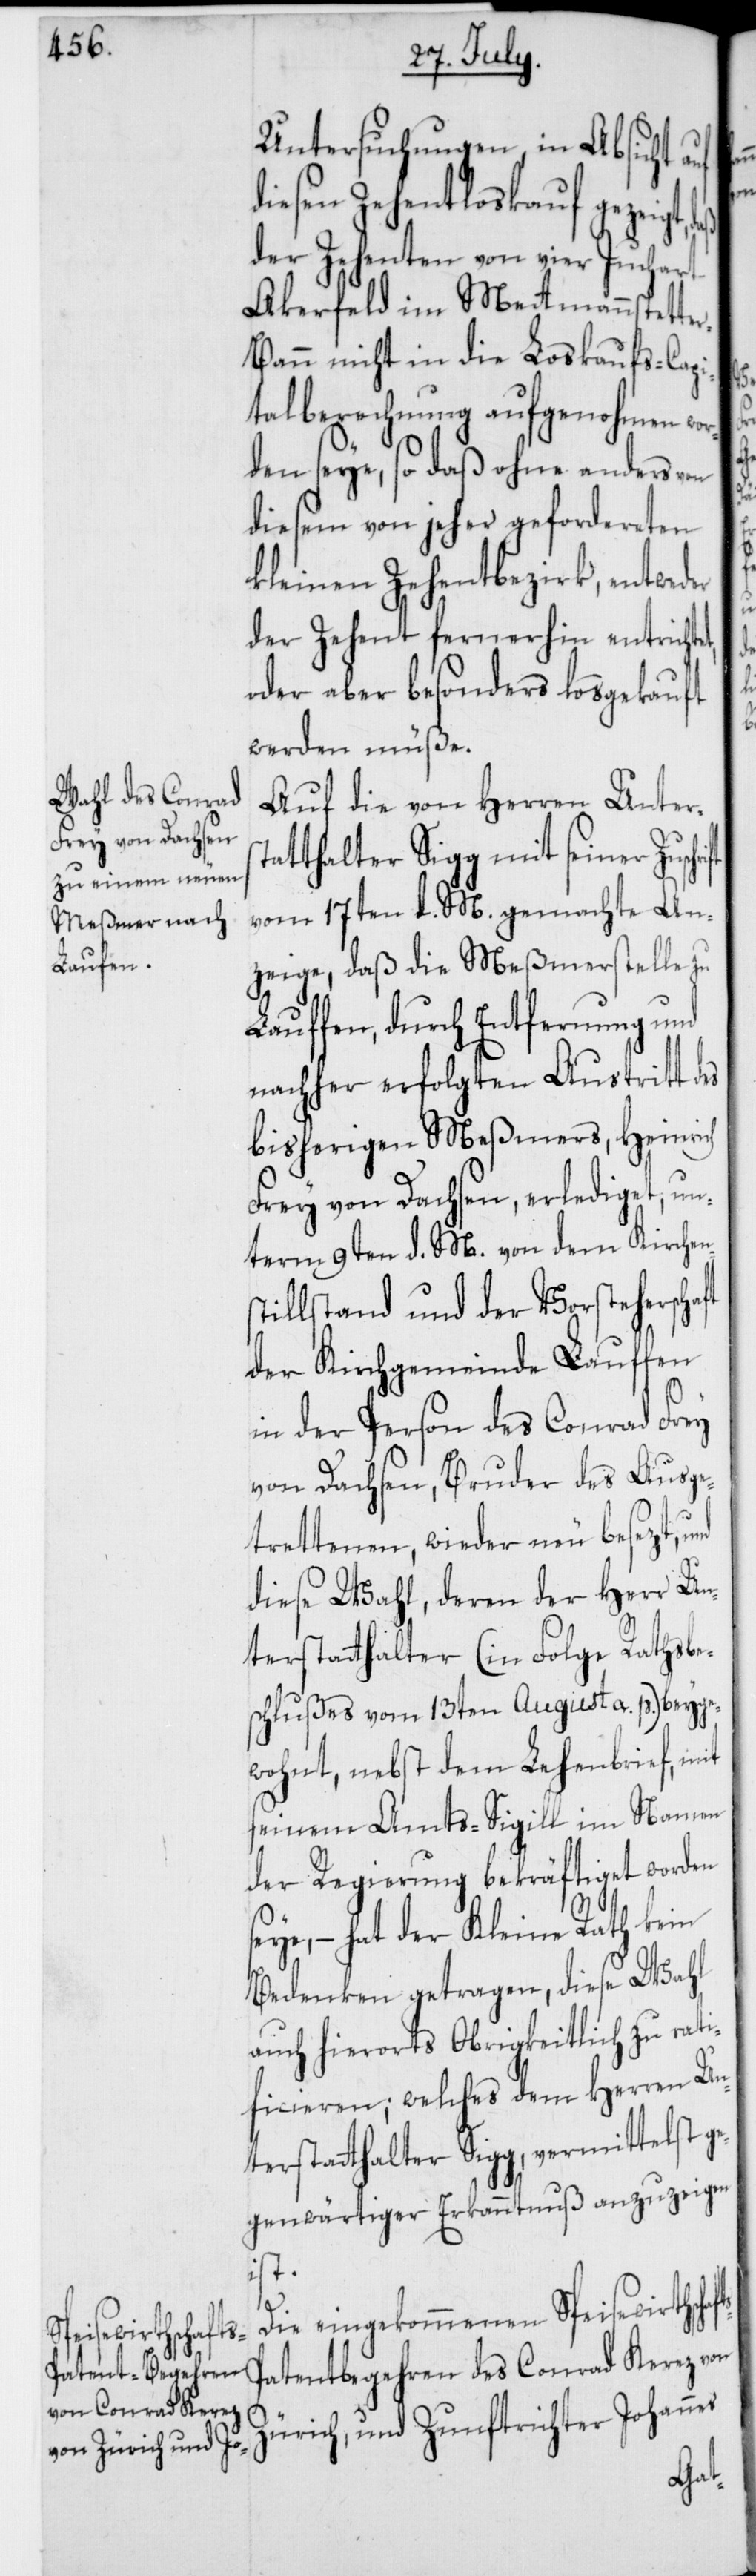
Untersuchungen, in Absicht a¬
esen Zehentloskauf gezeigt,
der Zehenten von vier Juchart
Ackerfeld im Metmannstette¬
r-Bann nicht in die Loskaufs-Capi¬
talberechnung aufgenohmen wor¬
den seye, so daß ohne anders von
diesem von jeher gefordereten
kleinen Zehentbezirk, entweder
der Zehent fernerhin entrichte¬
oder aber besonders losgekauft
werden müße.
Auf die von Herren Unters¬
tatthalter Sigg mit seiner Zusch¬
vom 17ten d. M. gemachte An¬
zeige, daß die Meßmerstelle zu
Lauffen, durch Entfernung und
nachher erfolgten Austritt des
bisherigen Meßmers, Heinrich
Frey von Dachsen, erlediget, un¬
term 9ten d. M. von dem Kirchen¬
illstand und der Vorsteherscha¬
der Kirchgemeinde Lauffen
ft
in der Person des Conrad Frey
von Dachsen, Bruder des Ausge¬
trettenen, wieder neu besezt, und
diese Wahl, deren der Herr Un¬
terstatthalter (in Folge Rathsbe¬
schlußes vom 13ten August a. p.) beyge¬
wohnt, nebst dem Lehenbrief, mit
seinem Amts-Sigill im Namen
der Regierung bekräftiget worden
seye, – hat der Kleine Rath kein
Bedenken getragen, diese Wahl
auch hierorts Obrigkeitlich zu rati¬
ficieren; welches dem Herren Un¬
terstatthalter Sigg, vermittelst g¬
egenwärtiger Erkanntnuß anzuzeigen
ist.
Die eingekommenen Speisewirths¬
atentbegehren des Conrad Kerez von
Zürich, und Zunftrichter Johannes
s-P¬